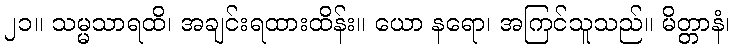
၂၁။ သမ္မသာရထိ၊ အချင်းရထားထိန်း။ ယော နရော၊ အကြင်သူသည်။ မိတ္တာနံ၊